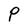
Character: P